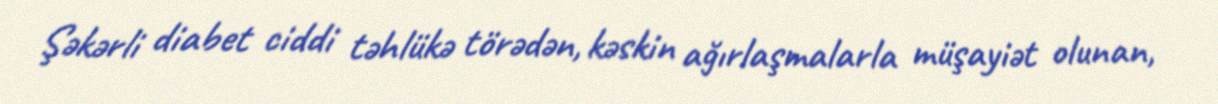
Şəkərli diabet ciddi təhlükə törədən, kəskin ağırlaşmalarla müşayiət olunan,